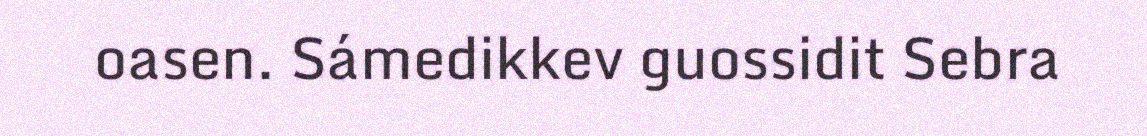
oasen. Sámedikkev guossidit Sebra